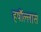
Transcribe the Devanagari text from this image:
हर्षौल्लास